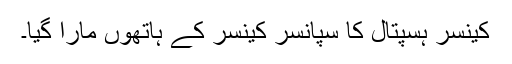
کینسر ہسپتال کا سپانسر کینسر کے ہاتھوں مارا گیا۔